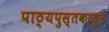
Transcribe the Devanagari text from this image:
पाठ्यपुस्तकातून